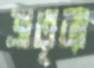
ভ্রাতৃব্যা